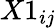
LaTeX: X1_{ij}